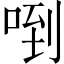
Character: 𠴼